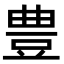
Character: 豊